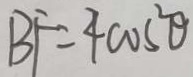
B F = 4 \cos ^ { 2 } \theta